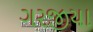
ગરજીયા